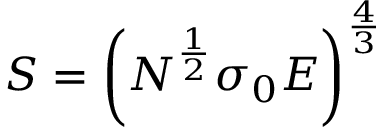
S = \left( N ^ { \frac { 1 } { 2 } } \sigma _ { 0 } E \right) ^ { \frac { 4 } { 3 } }